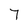
Character: 7